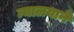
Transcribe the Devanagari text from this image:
न्यालयाने